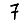
Digit: 7